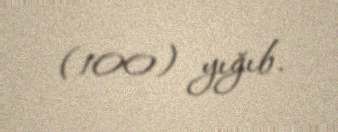
(100) yığıb.